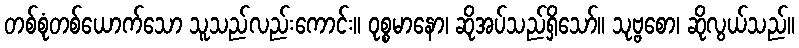
တစ်စုံတစ်ယောက်သော သူသည်လည်းကောင်း။ ဝုစ္စမာနော၊ ဆိုအပ်သည်ရှိသော်။ သုဗ္ဗစော၊ ဆိုလွယ်သည်။